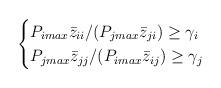
LaTeX: \begin{align*}\begin{cases}P_{i max}\bar{z}_{ii}/(P_{j max}\bar{z}_{ji})\geq \gamma_i \\P_{j max}\bar{z}_{jj}/(P_{i max}\bar{z}_{ij})\geq \gamma_j\end{cases}\end{align*}